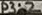
Text: P3.2